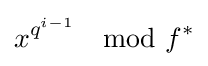
x^{q^{i-1}}\mod f^{*}